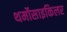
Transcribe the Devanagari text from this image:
थर्मोसाइकिलर